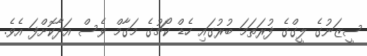
ސީޒަނުގެ ލީގްގެ ފުރަތަމަ ބުރުގައި ހެޑް ކޯޗުގެ މަގާމް ވެސް އަދާކޮށްފަ އެވެ.